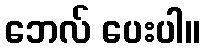
ဘေလ် ပေးပါ။